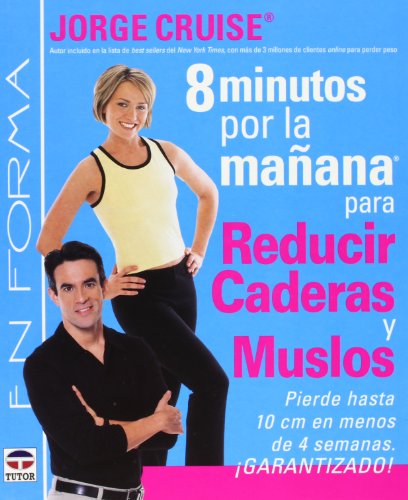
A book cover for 8 Minutos Por La Manana Para Reducir Caderas Y Muslos/ 8 Minutes in the Morning For Lean Hips and Thin Thighs: Pierde Hasta 10 Cm En Menos De 4 ... 10cm in less than 4 weeks (Spanish Edition); Jorge Cruise; Health, Fitness & Dieting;